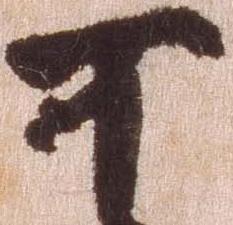
可